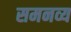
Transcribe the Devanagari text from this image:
समनव्य